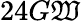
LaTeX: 24G\mathfrak{W}